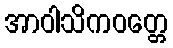
အာဝါသိကဝတ္တေ